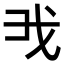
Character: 𢦐